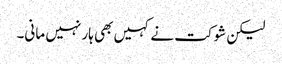
لیکن شوکت نے کہیں بھی ہار نہیں مانی۔